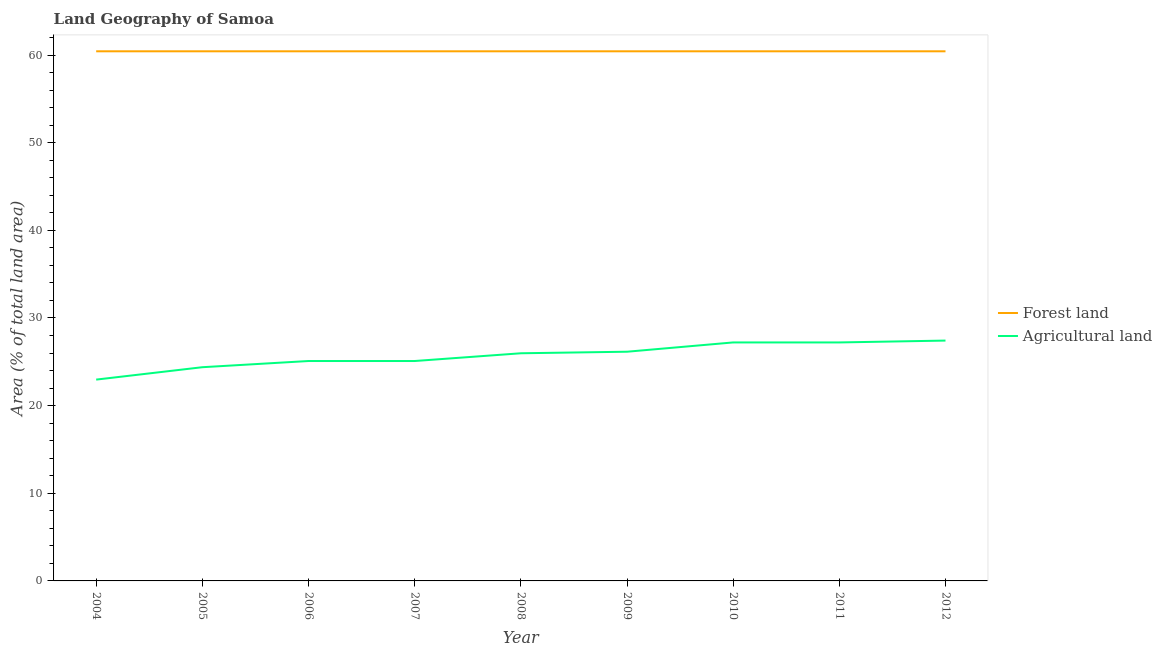
| Year | Forest land | Agricultural land |
 | --- | --- | --- |
 | 2004 | 60.4 | 23 |
 | 2005 | 60.4 | 24.4 |
 | 2006 | 60.4 | 25.1 |
 | 2007 | 60.4 | 25.1 |
 | 2008 | 60.4 | 26 |
 | 2009 | 60.4 | 26.1 |
 | 2010 | 60.4 | 27.2 |
 | 2011 | 60.4 | 27.2 |
 | 2012 | 60.4 | 27.4 |